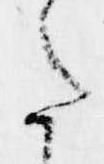
た